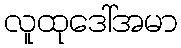
လူထုဒေါ်အမာ